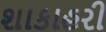
શાકાહરી